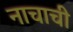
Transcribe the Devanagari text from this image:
नाचाची